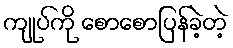
ကျုပ်ကို စောစောပြန်ခဲ့တဲ့